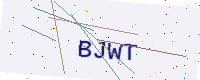
Text: BJWT